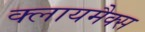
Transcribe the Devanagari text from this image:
क्लायमैक्स